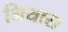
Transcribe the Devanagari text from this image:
गियास